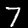
Label: 7